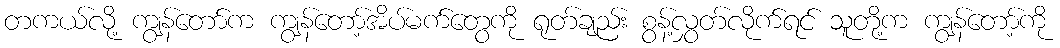
တကယ်လို့ ကျွန်တော်က ကျွန်တော့်အိပ်မက်တွေကို ရုတ်ချည်း စွန့်လွှတ်လိုက်ရင် သူတို့က ကျွန်တော့်ကို